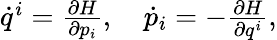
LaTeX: \begin{array}{r}{\dot{q}^{i}=\frac{\partial H}{\partial p_{i}},\quad\dot{p}_{i}=-\frac{\partial H}{\partial q^{i}},}\end{array}